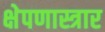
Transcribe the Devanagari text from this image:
क्षेपणास्त्रार